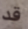
قد